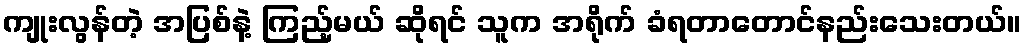
ကျုးလွန်တဲ့ အပြစ်နဲ့ ကြည့်မယ် ဆိုရင် သူက အရိုက် ခံရတာတောင်နည်းသေးတယ်။